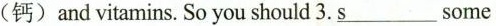
(钙)anditamins. So you should 3. \underline{s}___some